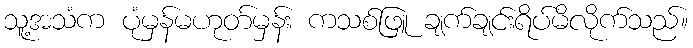
သူ့အသံက ပုံမှန်မဟုတ်မှန်း ကသစ်ဖြူ ချက်ချင်းရိပ်မိလိုက်သည်။